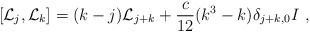
\begin{align*}[{\cal L}_j,{\cal L}_k]=(k-j){\cal L}_{j+k}+{c\over 12}(k^3-k)\delta_{j+k,0}I \ ,\end{align*}